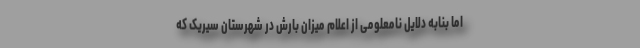
اما بنابه دلایل نامعلومی از اعلام میزان بارش در شهرستان‌ سیریک که